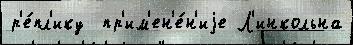
р'е́пл'ику  пр'им'ен'е́н'иjе Л'инкольна